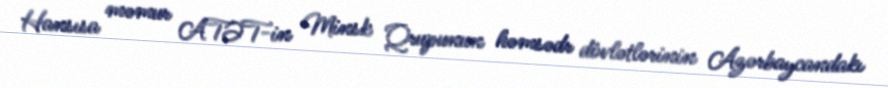
Hansısa məmur ATƏT-in Minsk Qrupunun həmsədr dövlətlərinin Azərbaycandakı